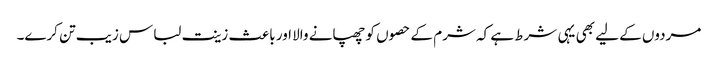
مردوں کے لیے بھی یہی شرط ہے کہ شرم کے حصوں کو چھپانے والا اور باعث زینت لباس زیب تن کرے۔